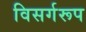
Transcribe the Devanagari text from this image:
विसर्गरूप